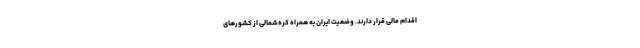
اقدام مالی قرار دارند. وضعیت ایران به همراه کره‌شمالی از کشورهای